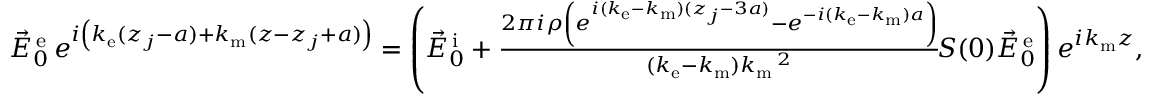
\begin{array} { r } { \vec { E } _ { 0 } ^ { \mathrm { \, e } } \, e ^ { i \left( k _ { \mathrm { e } } ( z _ { j } - a ) + k _ { \mathrm { m } } ( z - z _ { j } + a ) \vphantom { b ^ { 2 } } \right) } = \left( \vec { E } _ { 0 } ^ { \mathrm { \, i } } + \frac { 2 \pi i \rho \left( e ^ { i ( k _ { \mathrm { e } } - k _ { \mathrm { m } } ) ( z _ { j } - 3 a ) } - e ^ { - i ( k _ { \mathrm { e } } - k _ { \mathrm { m } } ) a } \right) } { ( k _ { \mathrm { e } } - k _ { \mathrm { m } } ) k _ { \mathrm { m } } \, \! \! \, \! \, \, \! \, \, \! \! \, \! \, \, \! \! \, \! \! \, \! \, \, \! \! \, \! \! \, \! \, \, \! \, \, \! \! \, \! \, \, \! \! \, \! \! \, \! \, \, \! \, \, \! \! \, \! \, \, \! \, \, \! \! \, \! \, \, \! \! \, \! \! \, \! \, \, \! \, \, \! \! \, \! \, \, \! \, \, \! \! ^ { 2 } } \, \! \! \, \! \, \, \! \, \, \! \! \, \! \, \, \! \! \, \! \! \, \! \, \, \! \! \, \! \! \, \! \, \, \! \, \, \! \! \, \! \, \, \! \! \, \! \! \, \! \, \, \! \, \, \! \! \, \! \, \, \! \! S ( 0 ) \vec { E } _ { 0 } ^ { \mathrm { \, e } } \right) e ^ { i k _ { \mathrm { m } } z } , } \end{array}